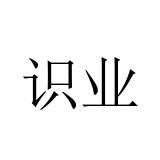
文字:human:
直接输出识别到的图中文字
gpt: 识业